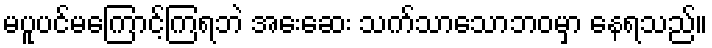
မပူပင်မကြောင့်ကြရဘဲ အေးဆေး သက်သာသောဘဝမှာ နေရသည်။